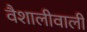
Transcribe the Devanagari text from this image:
वैशालीवाली